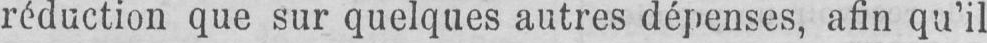
réduction que sur quelques autres dépenses, afin qu’il